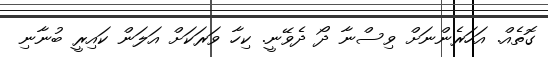
ގޮތެއް. އަހަރެންނަށް ވިސްނާ ދޯ ދެވޭނީ. ކިހާ ވަރަކަށް އަލަން ކައިރީ ބުނާނި